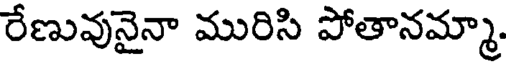
రేణువునైనా మురిసి పోతానమ్మా.